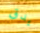
يدق